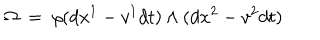
\Omega \; = \; \rho ( d x ^ { 1 } - v ^ { 1 } d t ) \land ( d x ^ { 2 } - v ^ { 2 } d t )